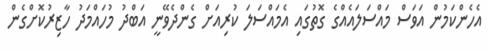
އެހެންކަމުން އަވަސް މައްސަލައެއްގެ ގޮތުގައި އެމައްސަލަ ކުރިއަށް ގެންދެވޭނީ އަބްދު މުހައްމަދު ހާޒިރުކޮށްގެން